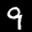
Label: 9